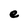
Character: e